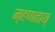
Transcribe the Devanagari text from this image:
म्हणताय्